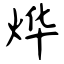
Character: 烨